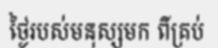
ថ្ងៃរបស់មនុស្សមក ពីគ្រប់